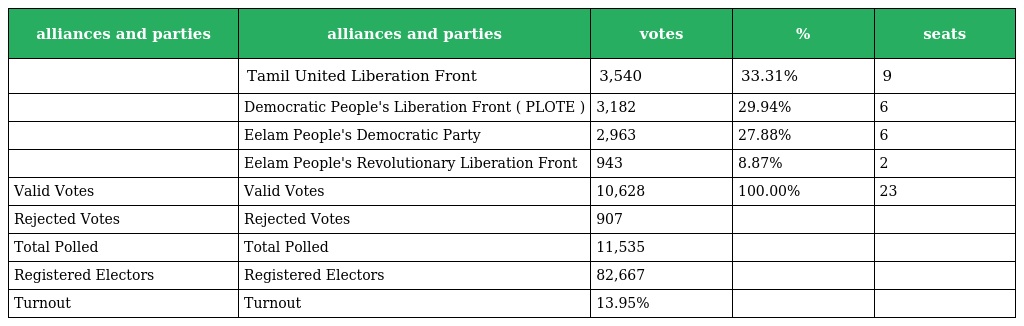
| alliances and parties | alliances and parties | votes | % | seats |
 | --- | --- | --- | --- | --- |
 |  | Tamil United Liberation Front | 3,540 | 33.31% | 9 |
 |  | Democratic People's Liberation Front ( PLOTE ) | 3,182 | 29.94% | 6 |
 |  | Eelam People's Democratic Party | 2,963 | 27.88% | 6 |
 |  | Eelam People's Revolutionary Liberation Front | 943 | 8.87% | 2 |
 | Valid Votes | Valid Votes | 10,628 | 100.00% | 23 |
 | Rejected Votes | Rejected Votes | 907 |  |  |
 | Total Polled | Total Polled | 11,535 |  |  |
 | Registered Electors | Registered Electors | 82,667 |  |  |
 | Turnout | Turnout | 13.95% |  |  |